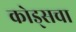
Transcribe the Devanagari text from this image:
कोड्सचा